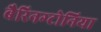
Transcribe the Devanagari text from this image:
बैरिनग्टोनिया